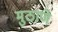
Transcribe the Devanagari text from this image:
मुठाणे